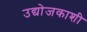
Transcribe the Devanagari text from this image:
उद्योजकाशी